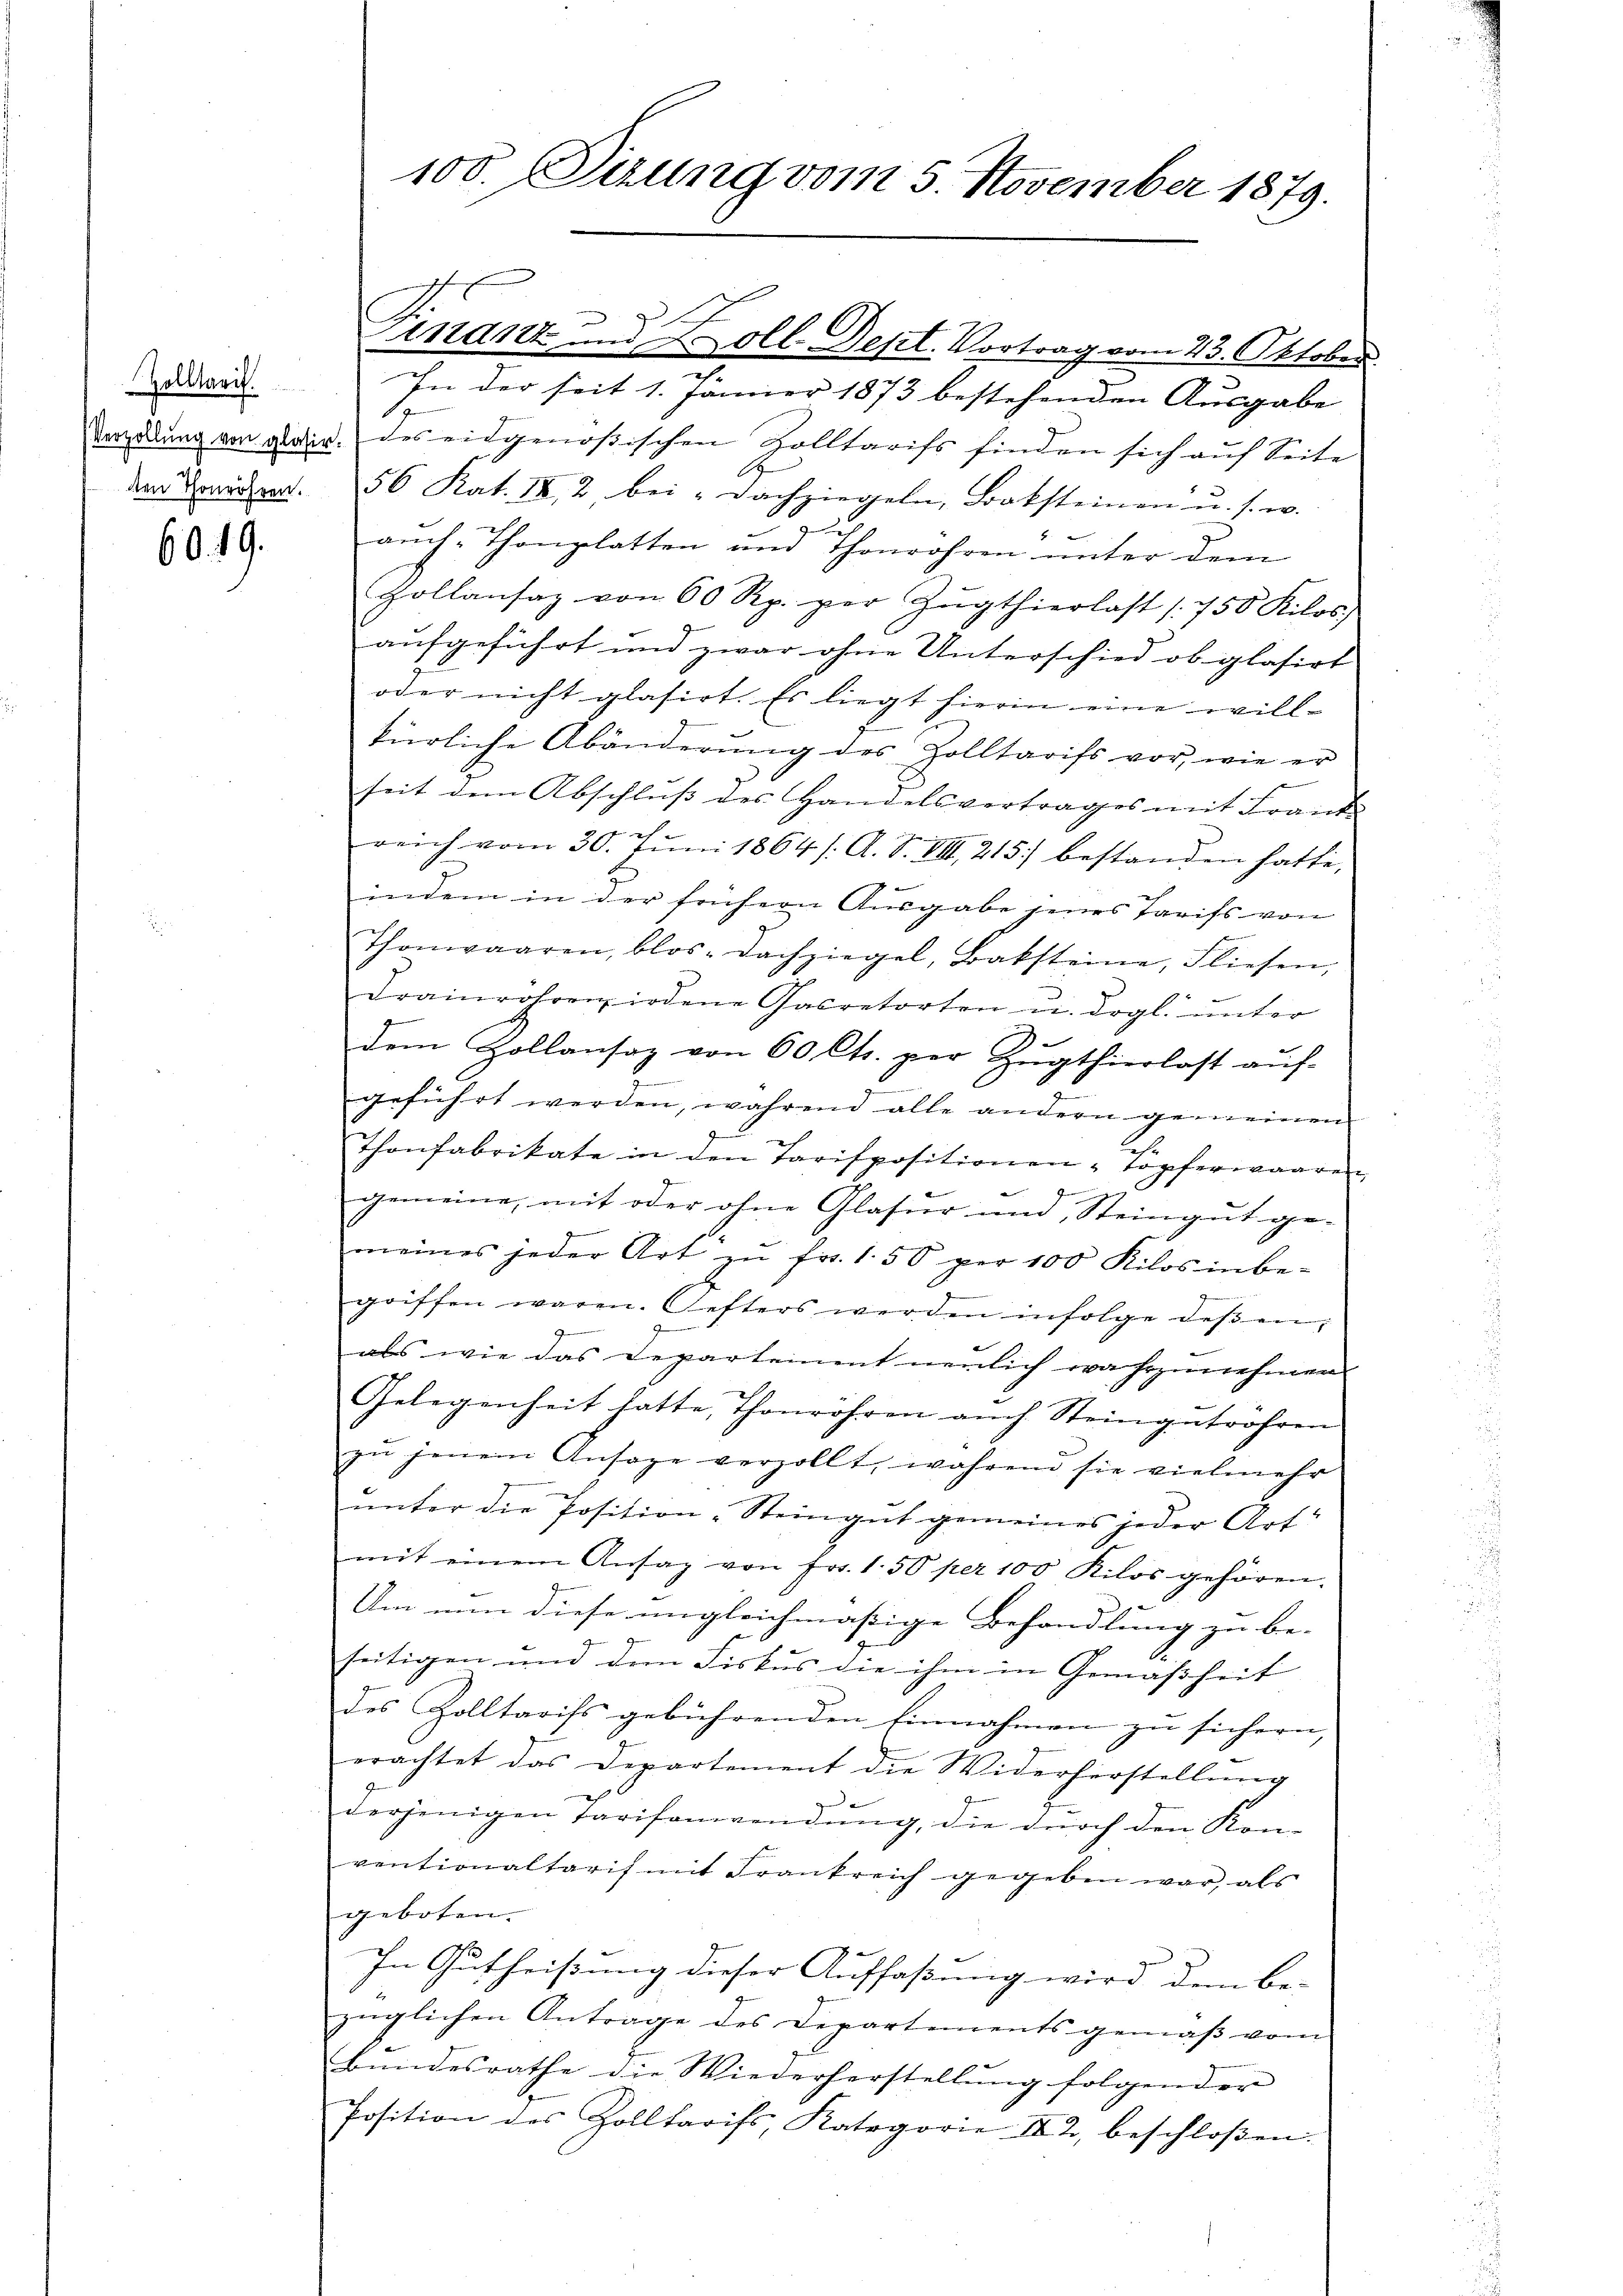
60. 19.

dir. In der seit 1. Jänner 1873 bestehenden Ausgabe
Verzödung von aldir. des eidgenößischen Zolltarifs finden sich auf Seite
den Brandert. 56 Kat. IX 2 bei Dachziegeln, Baksteinen u. s. w.
f
auch Thonplatten und Thonrohren unter dem
Hollansaz von 60 Rp. per Zŭgthierlast 1750 Kilos.
aufgeführt und zwar ohne Unterschied ob glasirt
oder nicht glasirt. Es liegt hierin eine willkürliche Abänderŭng des Zolltarifs vor, wie er
seit dem Abschluß des Handelsvertrages mit Frank
reich vom 30. Juni 1864 /: A. S. VIII 215) bestanden hatte,
indem in der frühern Ausgabe jenes Tarifs von
Thonwaaren, blos. Dachziegel, Baksteine, Fliesen,
drainröhren, indene Gacretorten u. drgl. unter
dem Hollansaz von 60 Cts. per Zugthierlast auf-
geführt werden, während alle andern gemeinen
e
Thonfabrikate in den Tarispositionen Topferwaaren
gemeine, mit oder ohne Glaser und Steingut ge-
meines jeder Art zŭ frs. 1. 50 per 100 Kilos in be-
griffen waren. Gesters werden infolge deβen;
als wie das Departement neulich wahrzunehmen
Gelegenheit hatte, Thonrohren auch Steingetrohren
zŭ jenem Ansage verzollt, wahren sie vielmehr
ŭnter die Position-Steingut gemeines jeder Art.
mit einem Ansag von Fr. 1.50 per 100 Kilos gehören.
Um nun diese ungleichmäßige Behandlung zu be-
seitigen und dem Fiskus die ihm in Gemäßheit
des Zolltarifs gebührenden Einnahmen zu sichern,
erachtet das Departement die Widerherstellung
derjenigen Tarifenwendung, die durch den Kon-
ventionaltaris mit Frankreich gegeben war, als
geboten.
In Gutheißung dieser Auffaßung wird dem be-
züglichen Antrage des Departements gemäß vom
Bundesrathe die Wiederherstellung folgender
Position des Zolltarifs, Kategorie II 2, beschloßen:

100. Sizung vom 5. November 1879.

Finanz u. Zoll Sept. Vortrag vom 23. Oktober